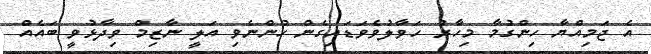
އެ ޖަމިއްޔާ ހިންގުމާ މިހާރު ހަވާލުވެވަޑައިގެން ހުންނެވި އަލީ ނާޒިމް ވިދާޅުވީ ބައެއް